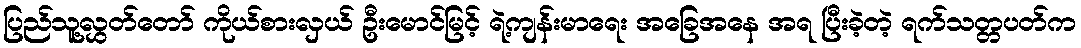
ပြည်သူ့လွှတ်တော် ကိုယ်စားလှယ် ဦးမောင်မြင့် ရဲ့ကျန်းမာရေး အခြေအနေ အရ ပြီးခဲ့တဲ့ ရက်သတ္တပတ်က